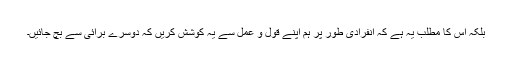
بلکہ اس کا مطلب یہ ہے کہ انفرادی طور پر ہم اپنے قول و عمل سے یہ کوشش کریں کہ دوسرے برائی سے بچ جائیں۔